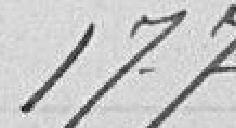
177